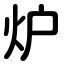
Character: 炉